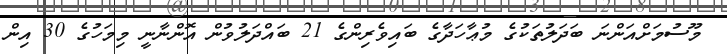
މޫސުމަށްއަންނަ ބަދަލުތަކުގެ މުޢާހަދާގެ ބައިވެރިންގެ 21 ބައްދަލުވުން އޮންނާނީ މިމަހުގެ 30 އިން